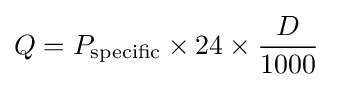
Q=P_{\text{specific}}\times 24\times {\frac {D}{1000}}\;